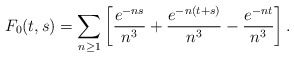
\begin{align*}F_0(t,s)= \sum_{n\geq 1} \left[{e^{-ns}\over n^3}+{e^{-n(t+s)}\over n^3}-{e^{-nt}\over n^3}\right].\end{align*}